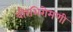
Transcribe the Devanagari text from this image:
वीरशिरोमणी